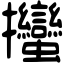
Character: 𢺳